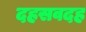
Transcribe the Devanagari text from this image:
दहसवदह